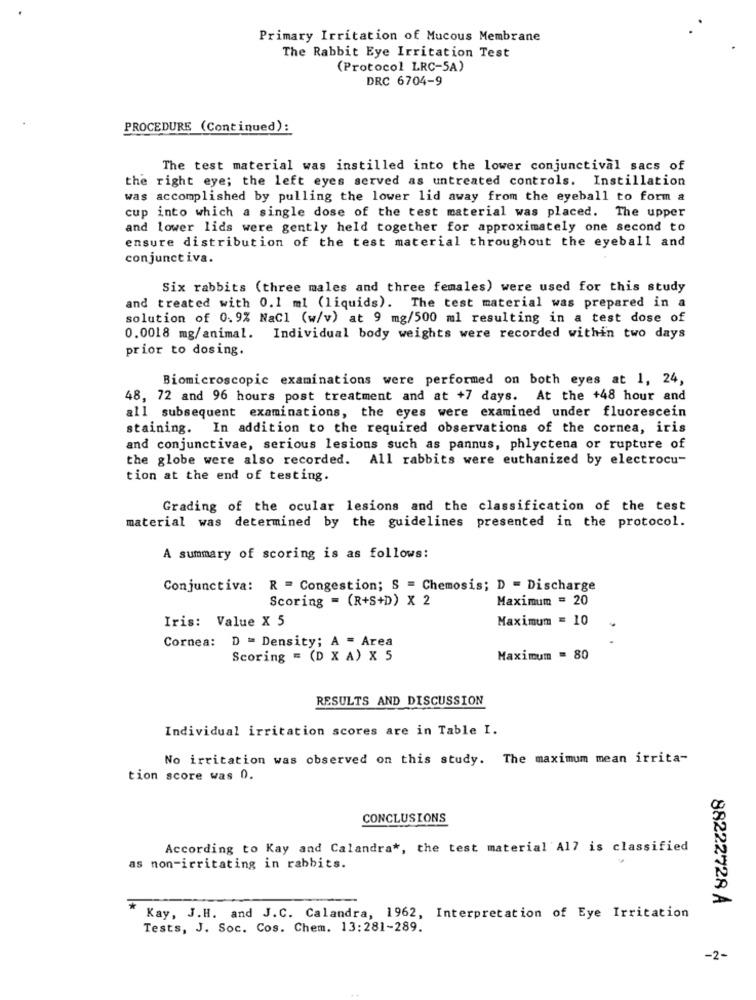
Primary Irritation of Mucous Membrane
The Rabbit Eye Irritation Test
(Protocol LRC-5A)
DRC 6704-9
PROCEDURE (Continued):
The test material was instilled into the lower conjunctival sacs of
the right eye; the left eyes served as untreated controls. Instillation
was accomplished by pulling the lower lid away from the eyeball to form a
cup into which a single dose of the test material was placed. The upper
and lower lids were gently held together for approximately one second to
ensure distribution of the test material throughout the eyeball and
conjunctiva.
Six rabbits (three males and three females) were used for this study
and treated with 0.1 ml (liquids). The test material was prepared in a
solution of 0.9% NaCl (w/v) at 9 mg/500 ml resulting in a test dose of
0.0018 mg/animal. Individual body weights were recorded within two days
prior to dosing.
Biomicroscopic examinations were performed on both eyes at 1, 24,
48, 72 and 96 hours post treatment and at +7 days. At the +48 hour and
all subsequent examinations, the eyes were examined under fluorescein
staining. In addition to the required observations of the cornea, iris
and conjunctivae, serious lesions such as pannus, phlyctena or rupture of
the globe were also recorded. All rabbits were euthanized by electrocu-
tion at the end of testing.
Grading of the ocular lesions and the classification of the test
material was determined by the guidelines presented in the protocol.
A summary of scoring is as follows:
Conjunctiva: R = Congestion; S = Chemosis; D = Discharge
Scoring = (R+S+D) X 2
Maximum = 20
Iris: Value X 5
Maximum = 10
Cornea:
D = Density; A = Area
Scoring = (D X A) X 5
Maximum = 80
RESULTS AND DISCUSSION
Individual irritation scores are in Table I.
No irritation was observed on this study. The maximum mean irrita-
tion score was 0.
CONCLUSIONS
According to Kay and Calandra *, the test material Al7 is classified
as non-irritating in rabbits.
*
88222728 A
Kay, J.H. and J.C. Calandra, 1962, Interpretation of Eye Irritation
Tests, J. Soc. Cos. Chem. 13:281-289.
-2-